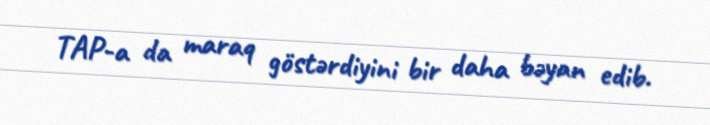
TAP-a da maraq göstərdiyini bir daha bəyan edib.